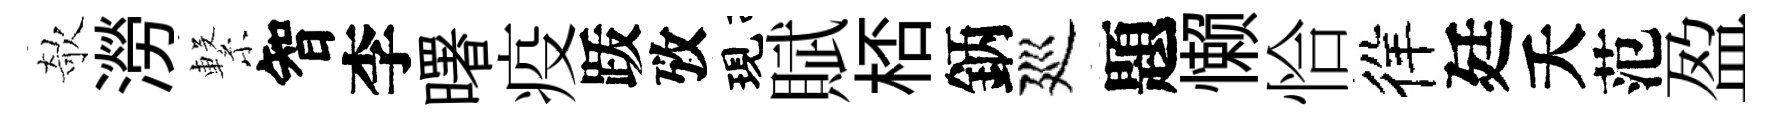
欹澇繋智李曙疫䟦攷現賦桮鈵廵題懒恰徉廷夭范盈